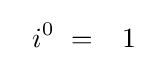
\ \ i^{0}\ ={\phantom {-}}1{\phantom {i}}